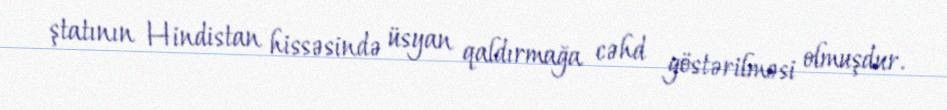
ştatının Hindistan hissəsində üsyan qaldırmağa cəhd göstərilməsi olmuşdur.